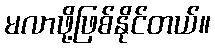
မလာဖို့ဖြစ်နိုင်တယ်။